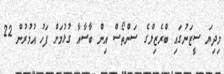
މިދިޔަ ސީޒަނުގައި ބްރެޒިލްގެ ސަންތޯސް އިން ބާސާއާ ގުޅުމަށް ފަހު އުމުރުން 22